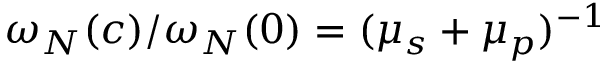
\omega _ { N } ( c ) / \omega _ { N } ( 0 ) = ( \mu _ { s } + \mu _ { p } ) ^ { - 1 }